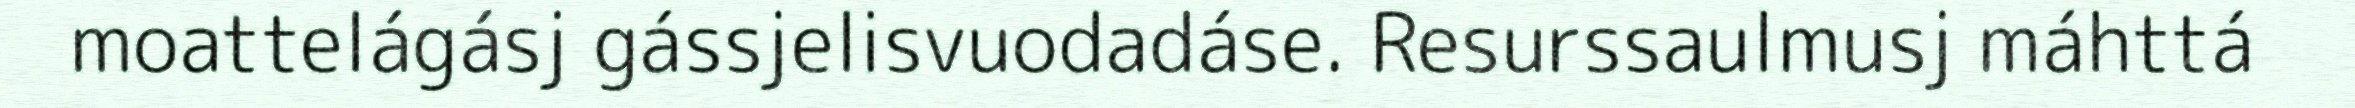
moattelágásj gássjelisvuodadáse. Resurssaulmusj máhttá